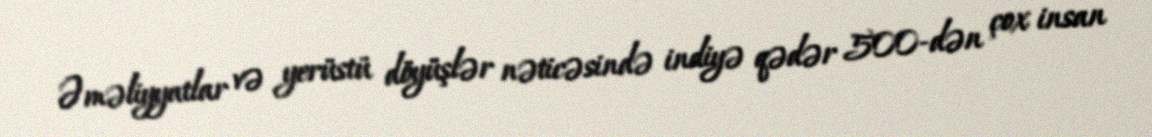
Əməliyyatlar və yerüstü döyüşlər nəticəsində indiyə qədər 500-dən çox insan